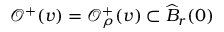
\mathcal { O } ^ { + } ( v ) = \mathcal { O } _ { \rho } ^ { + } ( v ) \subset \widehat { B } _ { r } ( 0 )